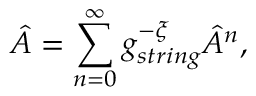
{ \hat { \cal A } } = \sum _ { n = 0 } ^ { \infty } g _ { s t r i n g } ^ { - { \cal \xi } } { \hat { \cal A } } ^ { n } ,